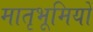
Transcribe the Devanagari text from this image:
मातृभूमियों